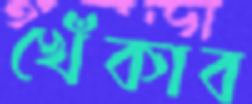
খেঁকাব